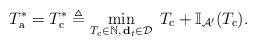
LaTeX: \begin{align*}T_{\textrm{a}}^*= T_{\textrm{c}}^* \triangleq \min_{T_{\textrm{c}}\in \mathbb{N}, \, \mathbf{d}_{t} \in \mathcal{D}} \; T_{\textrm{c} }+ \mathbb{I}_{\mathcal{A}'} ({T_{\textrm{c}}}).\end{align*}